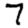
Digit: 7